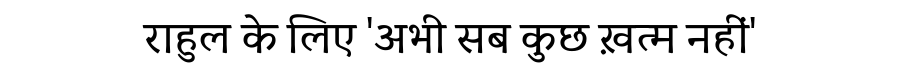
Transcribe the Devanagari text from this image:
राहुल के लिए 'अभी सब कुछ ख़त्म नहीं'